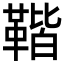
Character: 𩋧